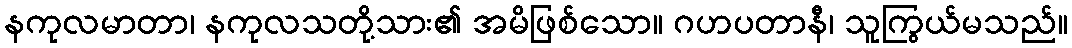
နကုလမာတာ၊ နကုလသတို့သား၏ အမိဖြစ်သော။ ဂဟပတာနီ၊ သူကြွယ်မသည်။